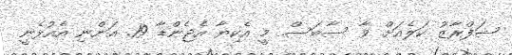
ޝަފްރާޒު ކަލެއަށް ވާ ސާބަސް. މީ އެކިޔާ އެޖެންޑާ 19. އަންނި އެއުޅެނީ